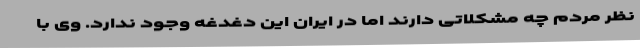
نظر مردم چه مشکلاتی دارند اما در ایران این دغدغه وجود ندارد. وی با